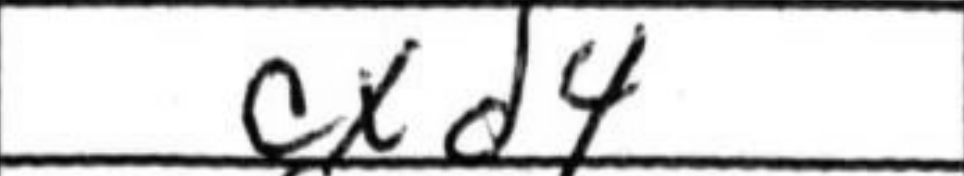
Transcription: cxd4